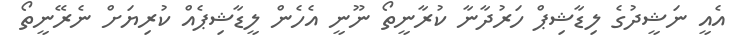
އެއީ ނަޝީދުގެ ލިޑާޝިޕް ހަރުދާނާ ކުރާނީތޯ ނޫނީ އެހެން ލީޑާޝިޕެއް ކުރިޔަށް ނެރޭނީތޯ